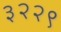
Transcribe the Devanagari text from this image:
३२२९